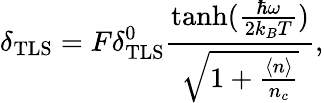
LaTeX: \delta_{\mathrm{TLS}}=F\delta_{\mathrm{TLS}}^{0}\frac{\mathrm{tanh}(\frac{\hbar\omega}{2k_{B}T})}{\sqrt{1+\frac{\langle n\rangle}{n_{c}}}},